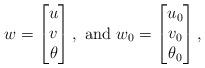
LaTeX: \begin{align*}w=\begin{bmatrix} u\\ v\\ \theta\end{bmatrix},\ \mbox{and}\ w_0=\begin{bmatrix} u_0\\ v_0\\ \theta_0\end{bmatrix},\end{align*}